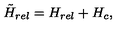
\tilde { H } _ { r e l } = H _ { r e l } + H _ { c } ,